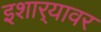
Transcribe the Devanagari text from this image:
इशार्‍यावर